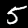
Digit: 5